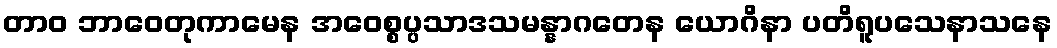
တာဝ ဘာဝေတုကာမေန အဝေစ္စပ္ပသာဒသမန္နာဂတေန ယောဂိနာ ပတိရူပသေနာသနေ